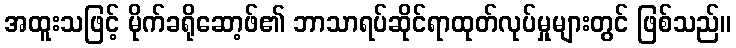
အထူးသဖြင့် မိုက်ခရိုဆော့ဖ်၏ ဘာသာရပ်ဆိုင်ရာထုတ်လုပ်မှုများတွင် ဖြစ်သည်။